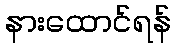
နားထောင်ရန်